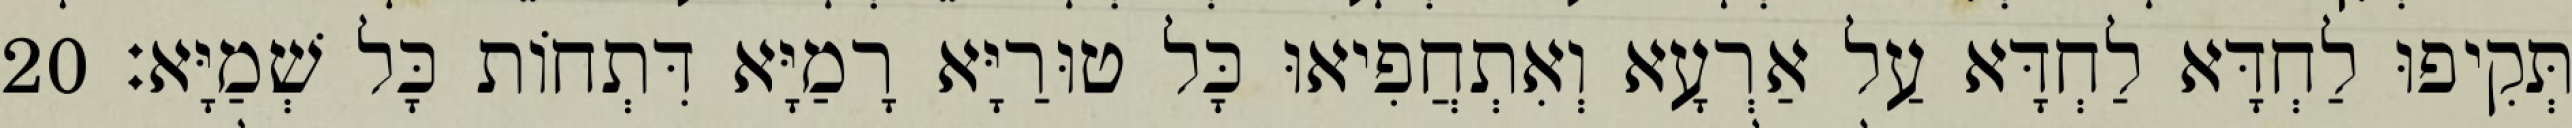
תְּקִיפוּ לַחְדָּא לַחְדָּא עַל אַרְעָא וְאִתְחֲפִיאוּ כָּל טוּרַיָּא רָמַיָּא דִּתְחוֹת כָּל שְׁמַיָּא׃ 20